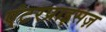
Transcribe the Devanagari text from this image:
एंटरप्राइसज़